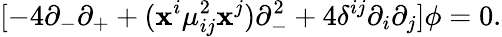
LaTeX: [-4\partial_{-}\partial_{+}+(\mathbf{x}^{i}\mu_{ij}^{2}\mathbf{x}^{j})\partial_{-}^{2}+4\delta^{ij}\partial_{i}\partial_{j}]\phi=0.